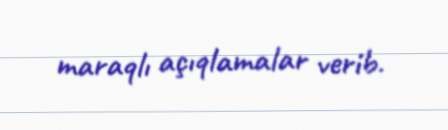
maraqlı açıqlamalar verib.